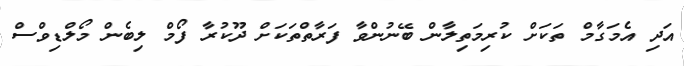
އަދި އެމަގާމް ތަކަށް ކުރިމަތިލާން ބޭނުންވާ ފަރާތްތަކަށް ދޫކުރާ ފޯމް ލިބެން މޯލްޑިވްސް